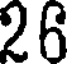
26